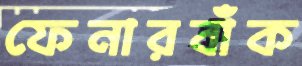
ফেনারবাঁক